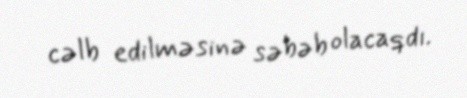
cəlb edilməsinə səbəb olacaqdı.